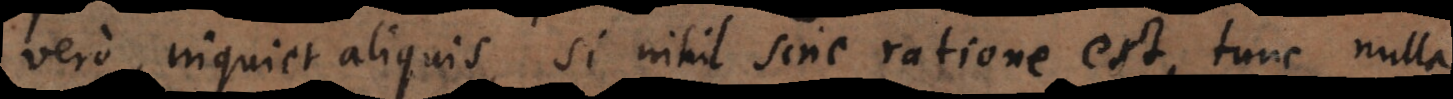
vero, inquiet aliquis, si nihil sine ratione est, tunc nulla